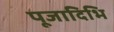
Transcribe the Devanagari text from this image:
पूजादिभि